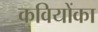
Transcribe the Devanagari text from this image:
कवियोंका